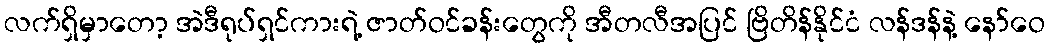
လက်ရှိမှာတော့ အဲဒီရုပ်ရှင်ကားရဲ့ ဇာတ်ဝင်ခန်းတွေကို အီတလီအပြင် ဗြိတိန်နိုင်ငံ လန်ဒန်နဲ့ နော်ဝေ